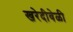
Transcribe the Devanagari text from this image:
खरेदीवेळी